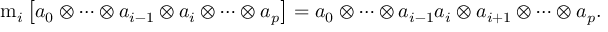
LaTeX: \mathrm { m } _ { i } \left[ a _ { 0 } \otimes \cdots \otimes a _ { i - 1 } \otimes a _ { i } \otimes \cdots \otimes a _ { p } \right] = a _ { 0 } \otimes \cdots \otimes a _ { i - 1 } a _ { i } \otimes a _ { i + 1 } \otimes \cdots \otimes a _ { p } .